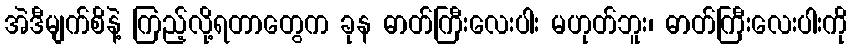
အဲဒီမျက်စိနဲ့ ကြည့်လို့ရတာတွေက ခုန ဓာတ်ကြီးလေးပါး မဟုတ်ဘူး၊ ဓာတ်ကြီးလေးပါးကို